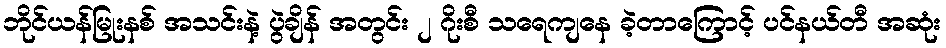
ဘိုင်ယန်မြုးနစ် အသင်းနဲ့ ပွဲချိန် အတွင်း ၂ ဂိုးစီ သရေကျနေ ခဲ့တာကြောင့် ပင်နယ်တီ အဆုံး